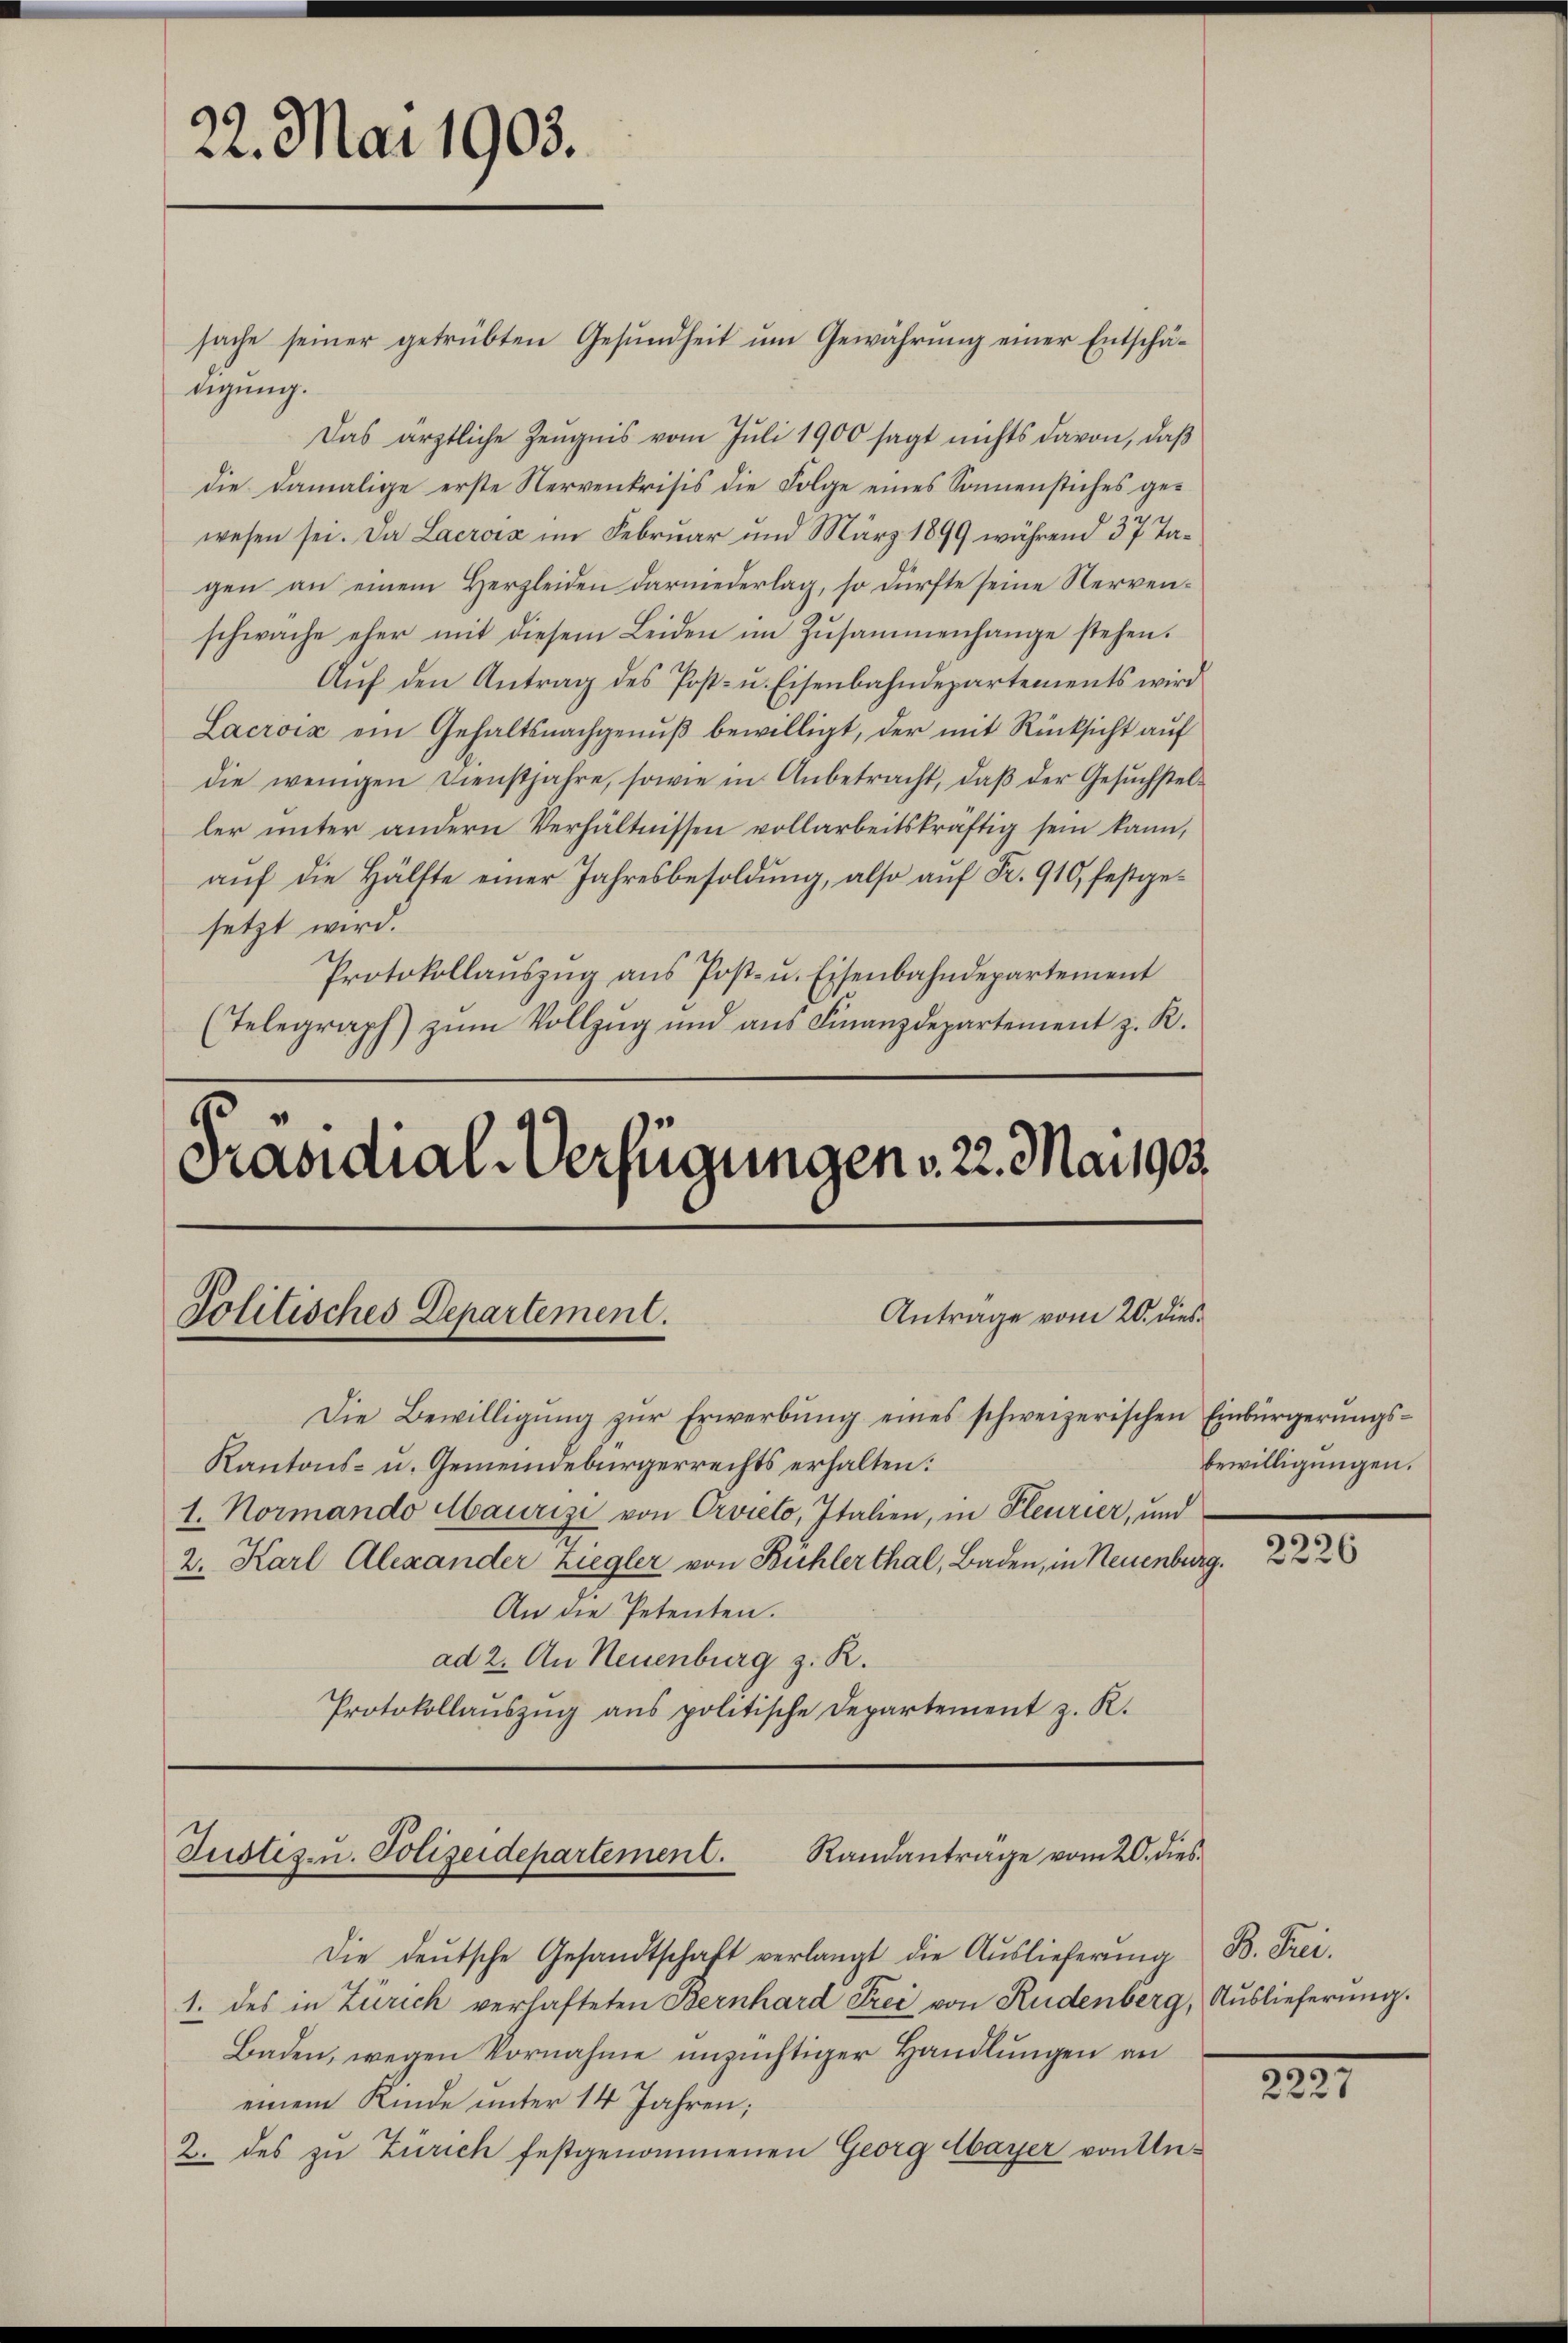
22. Mai 1905.

sache seiner getrübten Gesundheit um Gewährung einer Entschätigung.
Das ärztliche Zeugnis vom Juli 1900 sagt nichts davon, daß
die damalige erste Nervenkrisis die Folge eines Sonnenstiches gewesen sei. Da Lacrois im Februar und März 1899 während 37 Tagen an einem Herzleiden darniederlag, so dürfte seine Nervenschwache eher mit diesem Leiden im Zŭsammenhange stehen.
Auf den Antrag des Post- u. Eisenbahndepartements wird
Lacroix ein Gehaltsnachgenŭβ bewilligt, der mit Rücksicht auf
die wenigen Dienstjahre, sowie in Anbetracht, daβ der Gesŭchstel-
ler unter andern Verhältnissen vollarbeitskräftig sein kann,
auf die Hälfte einer Jahresbesoldung, also auf Fr. 910, festgesetzt wird.
Protokollaŭszŭg ans Post- u. Eisenbahndepartement
(Telegraph zŭm Vollzŭg und aŭs Finanzdepartement z. R.

Präsidial-Verfügungen v. 22. Mai 1905.
Politisches Departement.
Antrage vom 20. dies

Die Bewilligŭng zŭr Erwerbŭng eines schweizerischen Einbürgerŭngs-
Kantons- u. Gemeindebürgerrechts erhalten:
1. Normando Maurizi von Orvieto, Italien, in Pleurier, und
2. Karl Alexander Ziegler von Bühlerthal, Baden, in Neuenburg.
An die Petenten.
ad 2. An Neuenburg z. R.
Protokollaŭszŭg ans politische Departement z. R.

Justiz- u. Polizeidepartement. Randanträge vom 20. dies

Die deutsche Gesandtschaft verlangt die Auslieferung
1. des in Zürich verhafteten Bernhard Frei von Rudenberg, Auslieferung.
Baden, wegen Vornahme unzüchtiger Handlungen an
einem Kinde unter 14 Jahren;
2. des zu Zürich festgenommenen Georg Abayer von Un¬

bewilligungen.

2226

B. Frei

2221